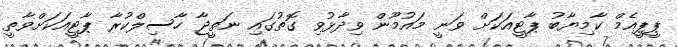
ޕީޕީއެމް ކާމިޔާބު ޕާޓީއަކަށް ވަނީ މައުމޫން ވިދާޅުވި ގޮތުގައި ނަތީޖާ ހާސިލްކުރާ ޕާޓީއަކަށްވާތީ